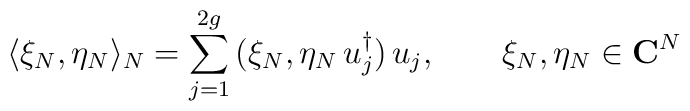
\langle \xi_N,\eta_N\rangle_N=\sum_{j=1}^{2g}\,  (\xi_N,\eta_N\,u_j^{\dagger})\,u_j, \qquad   \xi_N,\eta_N\in {\bf C}^N